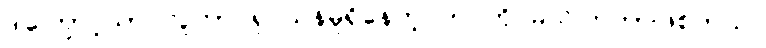
ဒါကြောင့်သာ လူဟာ ရှင်သန်မှုရှိနေတဲ့ ဘဝကို မသိကြတာဖြစ်တယ်။